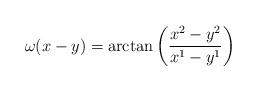
LaTeX: \begin{align*}\omega(x-y) = \arctan \left( \frac{x^2 - y^2}{x^1 - y^1} \right)\end{align*}